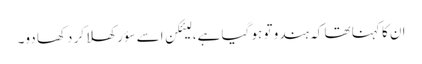
ان کا کہنا تھا کہ ہندو تو ہو گیا ہے، لیئکن اسے سؤر کھلا کر دکھا دو۔